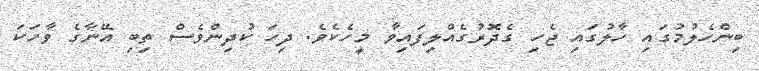
ބިންހެލުމުގައި ހާލުގައި ޖެހި ގެދޮރުގެއްލިފައިވާ މީހެކެވެ. ދިހަ ކުދިންވެސް ތިބި އޭނާގެ ވާހަކަ